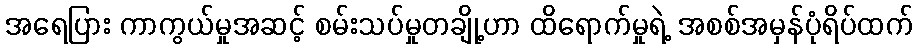
အရေပြား ကာကွယ်မှုအဆင့် စမ်းသပ်မှုတချို့ဟာ ထိရောက်မှုရဲ့ အစစ်အမှန်ပုံရိပ်ထက်